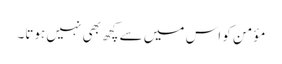
مؤمن کو اس میں سے کچھ بھی نہیں ہوتا۔